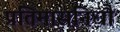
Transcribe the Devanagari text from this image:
प्रतिमासंनिधौ